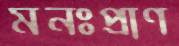
মনঃপ্রাণ